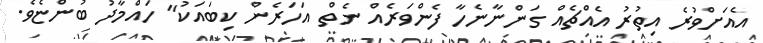
އެއަށްވުރެ އިތުރު އެއްޗެއް ގަންނާނެހާ ފެންވަރެއް ނެތް އަހަރެން ކިބައަކު" ހައްމާދު ބުންޏެވެ.